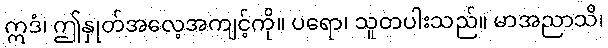
ဣဒံ၊ ဤနှုတ်အလေ့အကျင့်ကို။ ပရော၊ သူတပါးသည်။ မာအညာသိ၊